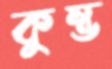
কুম্ভ